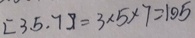
[ 3 , 5 , 7 ] = 3 \times 5 \times 7 = 1 0 5